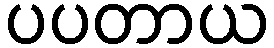
ပပတာယ